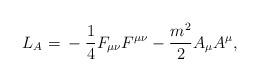
LaTeX: \begin{align*}L_{A} = \mbox{}-\frac{1}{4}F_{\mu\nu}F^{\mu\nu} - \frac{m^{2}}{2}A_{\mu}A^{\mu} ,\end{align*}